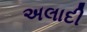
અલાદી